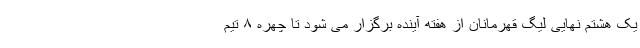
یک هشتم نهایی لیگ قهرمانان از هفته آینده برگزار می شود تا چهره ۸ تیم